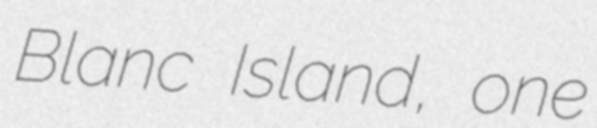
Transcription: Blanc Island, one